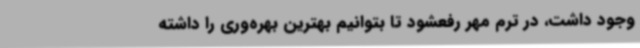
وجود داشت، در ترم مهر رفعشود تا بتوانیم بهترین بهره‌وری را داشته